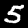
Label: 5